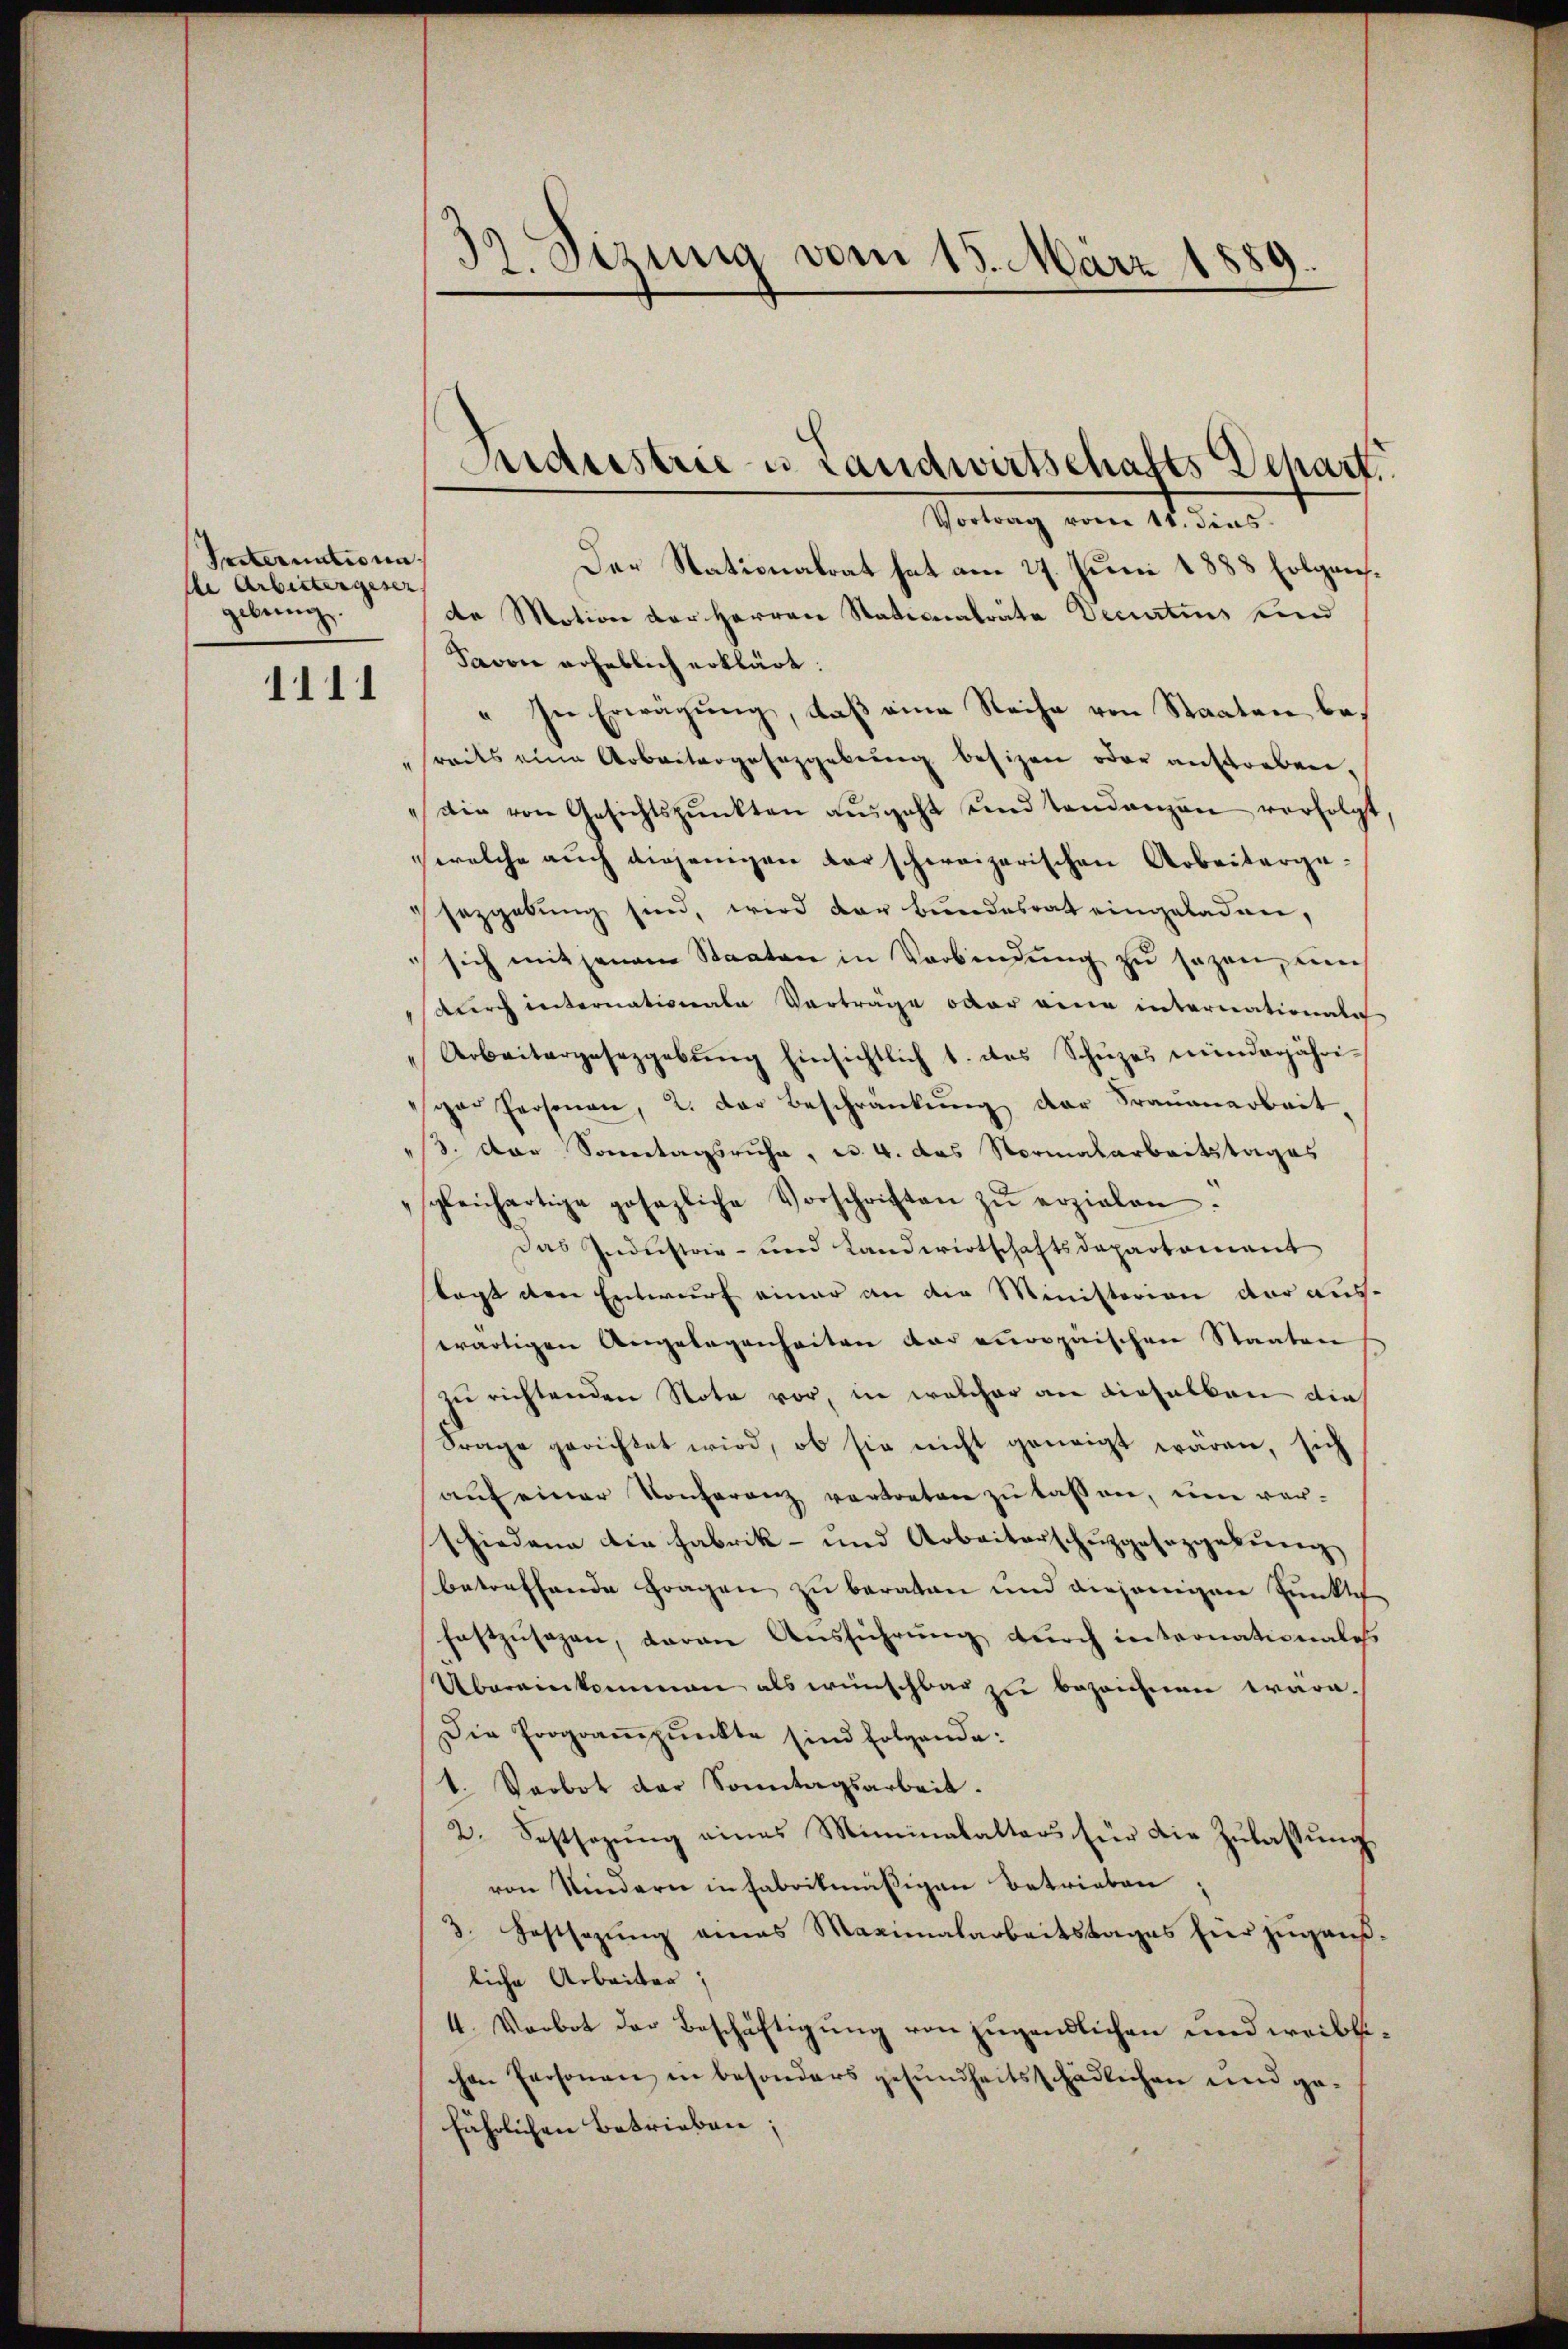
Testernatione
de Arbeitergeser
gebung.
1111

Vortrag vom 11. dies
Der Stationalrat hat am 27. Juni 1888 folgende Motion der Herren Stationalräte Decurtius sind
Javon erheblich erklärt:
" In Erwägung, daß eine Reihe von Staaten besreits eine Arbeitergesezgebung besizen oder anstorben,
die von Gesichtspunkten aŭsgeht und standenzen verfolgt
welche auch diejenigen darschweizerischen Arbeitergesezgebung sind, wird der bundesrat eingeladen,
sich mit jenem Staaten in Verbindŭng zu sagen, um
durch internationale Vorträge oder eine internationale
Arbeitergesezgebŭng hinsichtlich 1. des Schüzes minderjähri-
ger Personen, 2. der Beschränkung der Frauenarbeit,
3. Der Sonntagsruhe, u. 4. das Normalarbeitstages
sgleichartige gesezliche Vorschriften zŭ erzielen.
Das Industrie- und Landwirtschaftsdepartement
lagt den Entwurf einer an die Ministerion der auswärtigen Angelegenheiten der europaischen Staaten
zu richtenden Note vor, in welcher an dieselben die
Frage gerichtet wird, ob sie nicht geneigt wären, sich
aŭf einer Konferenz vertreten zŭ lassen, um ver-
schiedena die Fabrik- und Arbeiterschuzgesezgebung
betreffende Fragen zu beraten und diejenigen Punkte
festzusagen, daran Ausführung durch internationales
Übereinkommen als wünschbar zu bezeichnen wäre.
Die Prograṁpŭnkte sind folgende:
1. Sarbot der Sonntagsarbeit.
2. Festsezŭng eines Miminalalters für die Zŭlassŭng
von Kindern in Fabrikmäßigen Betrieben
3. Festsezung eines Maximalarbeitstages hier zugausliche Arbeiter;
4. Verbot der Beschäftigung von jugendlichen und weiblichen Personen in besonders gesundheitsschädlichen und gefährlichen Betrieben;

32. Sizung vom 15. März 1
.
.

Sudustrie u. Landwirtschafts Depart